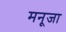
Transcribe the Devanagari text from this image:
मनूजा